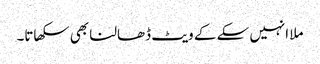
ملا انہیں سکے کے ویٹ ڈھالنا بھی سکھاتا۔